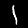
Digit: 1